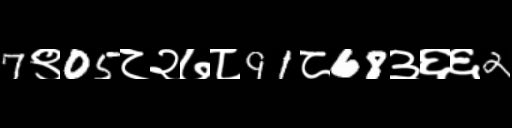
Text: 7९05८२७८91८68३६६2